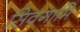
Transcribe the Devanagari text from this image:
सिवगामि